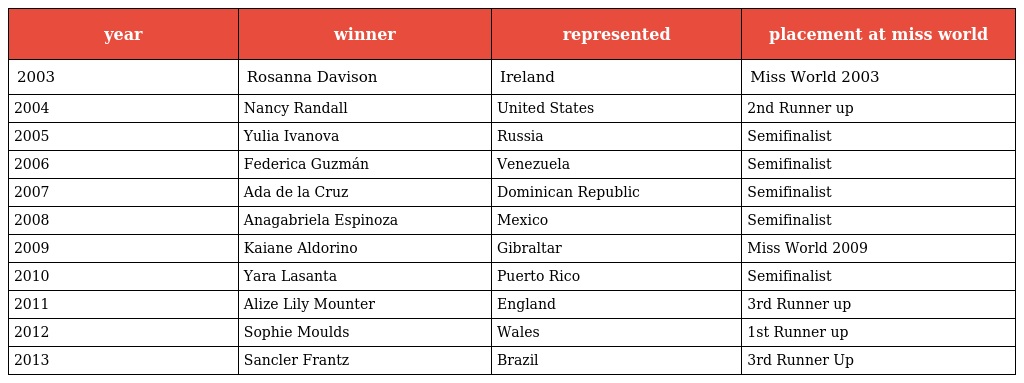
| year | winner | represented | placement at miss world |
 | --- | --- | --- | --- |
 | 2003 | Rosanna Davison | Ireland | Miss World 2003 |
 | 2004 | Nancy Randall | United States | 2nd Runner up |
 | 2005 | Yulia Ivanova | Russia | Semifinalist |
 | 2006 | Federica Guzmán | Venezuela | Semifinalist |
 | 2007 | Ada de la Cruz | Dominican Republic | Semifinalist |
 | 2008 | Anagabriela Espinoza | Mexico | Semifinalist |
 | 2009 | Kaiane Aldorino | Gibraltar | Miss World 2009 |
 | 2010 | Yara Lasanta | Puerto Rico | Semifinalist |
 | 2011 | Alize Lily Mounter | England | 3rd Runner up |
 | 2012 | Sophie Moulds | Wales | 1st Runner up |
 | 2013 | Sancler Frantz | Brazil | 3rd Runner Up |